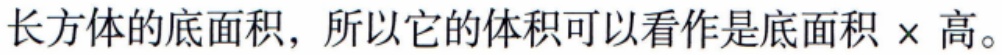
长方体的底面积，所以它的体积可以看作是底面积$\times$高。